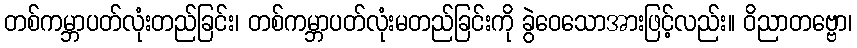
တစ်ကမ္ဘာပတ်လုံးတည်ခြင်း၊ တစ်ကမ္ဘာပတ်လုံးမတည်ခြင်းကို ခွဲဝေသောအားဖြင့်လည်း။ ဝိညာတဗ္ဗော၊